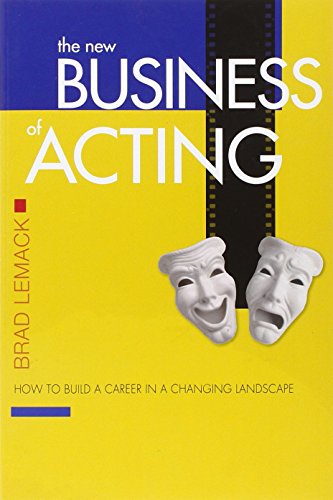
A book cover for The New Business of Acting: How to Build a Career in a Changing Landscape; Brad Lemack; Business & Money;